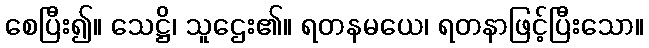
စေပြီး၍။ သေဋ္ဌိ၊ သူဌေး၏။ ရတနမယေ၊ ရတနာဖြင့်ပြီးသော။